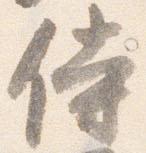
侍